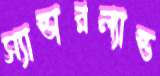
স্যান্ডারল্যান্ড